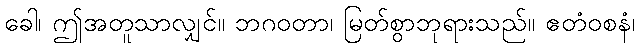
ခေါ၊ ဤအတူသာလျှင်။ ဘဂဝတာ၊ မြတ်စွာဘုရားသည်။ ဧတံဝစနံ၊